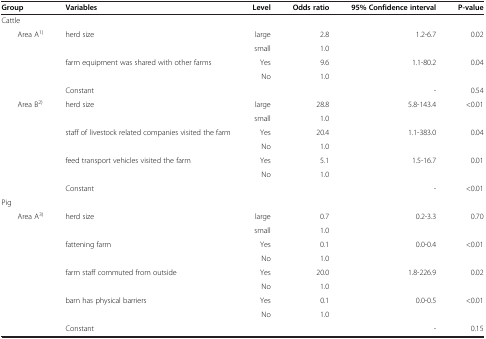
<table><thead><tr><td><b>Group</b></td><td><b>Variables</b></td><td><b>Level</b></td><td><b>Odds ratio</b></td><td><b>95% Confidence interval</b></td><td><b>P-value</b></td></tr></thead><tbody><tr><td>Cattle</td><td>[EMPTY_CELL]</td><td>[EMPTY_CELL]</td><td>[EMPTY_CELL]</td><td>[EMPTY_CELL]</td><td>[EMPTY_CELL]</td></tr><tr><td>Area A<sup>1)</sup></td><td>herd size</td><td>large</td><td>2.8</td><td>1.2-6.7</td><td>0.02</td></tr><tr><td>[EMPTY_CELL]</td><td>[EMPTY_CELL]</td><td>small</td><td>1.0</td><td>[EMPTY_CELL]</td><td>[EMPTY_CELL]</td></tr><tr><td>[EMPTY_CELL]</td><td>farm equipment was shared with other farms</td><td>Yes</td><td>9.6</td><td>1.1-80.2</td><td>0.04</td></tr><tr><td>[EMPTY_CELL]</td><td>[EMPTY_CELL]</td><td>No</td><td>1.0</td><td>[EMPTY_CELL]</td><td>[EMPTY_CELL]</td></tr><tr><td>[EMPTY_CELL]</td><td>Constant</td><td>[EMPTY_CELL]</td><td>[EMPTY_CELL]</td><td>-</td><td>0.54</td></tr><tr><td>Area B<sup>2)</sup></td><td>herd size</td><td>large</td><td>28.8</td><td>5.8-143.4</td><td>&lt;0.01</td></tr><tr><td>[EMPTY_CELL]</td><td>[EMPTY_CELL]</td><td>small</td><td>1.0</td><td>[EMPTY_CELL]</td><td>[EMPTY_CELL]</td></tr><tr><td>[EMPTY_CELL]</td><td>staff of livestock related companies visited the farm</td><td>Yes</td><td>20.4</td><td>1.1-383.0</td><td>0.04</td></tr><tr><td>[EMPTY_CELL]</td><td>[EMPTY_CELL]</td><td>No</td><td>1.0</td><td>[EMPTY_CELL]</td><td>[EMPTY_CELL]</td></tr><tr><td>[EMPTY_CELL]</td><td>feed transport vehicles visited the farm</td><td>Yes</td><td>5.1</td><td>1.5-16.7</td><td>0.01</td></tr><tr><td>[EMPTY_CELL]</td><td>[EMPTY_CELL]</td><td>No</td><td>1.0</td><td>[EMPTY_CELL]</td><td>[EMPTY_CELL]</td></tr><tr><td>[EMPTY_CELL]</td><td>Constant</td><td>[EMPTY_CELL]</td><td>[EMPTY_CELL]</td><td>-</td><td>&lt;0.01</td></tr><tr><td>Pig</td><td>[EMPTY_CELL]</td><td>[EMPTY_CELL]</td><td>[EMPTY_CELL]</td><td>[EMPTY_CELL]</td><td>[EMPTY_CELL]</td></tr><tr><td>Area A<sup>3)</sup></td><td>herd size</td><td>large</td><td>0.7</td><td>0.2-3.3</td><td>0.70</td></tr><tr><td>[EMPTY_CELL]</td><td>[EMPTY_CELL]</td><td>small</td><td>1.0</td><td>[EMPTY_CELL]</td><td>[EMPTY_CELL]</td></tr><tr><td>[EMPTY_CELL]</td><td>fattening farm</td><td>Yes</td><td>0.1</td><td>0.0-0.4</td><td>&lt;0.01</td></tr><tr><td>[EMPTY_CELL]</td><td>[EMPTY_CELL]</td><td>No</td><td>1.0</td><td>[EMPTY_CELL]</td><td>[EMPTY_CELL]</td></tr><tr><td>[EMPTY_CELL]</td><td>farm staff commuted from outside</td><td>Yes</td><td>20.0</td><td>1.8-226.9</td><td>0.02</td></tr><tr><td>[EMPTY_CELL]</td><td>[EMPTY_CELL]</td><td>No</td><td>1.0</td><td>[EMPTY_CELL]</td><td>[EMPTY_CELL]</td></tr><tr><td>[EMPTY_CELL]</td><td>barn has physical barriers</td><td>Yes</td><td>0.1</td><td>0.0-0.5</td><td>&lt;0.01</td></tr><tr><td>[EMPTY_CELL]</td><td>[EMPTY_CELL]</td><td>No</td><td>1.0</td><td>[EMPTY_CELL]</td><td>[EMPTY_CELL]</td></tr><tr><td>[EMPTY_CELL]</td><td>Constant</td><td>[EMPTY_CELL]</td><td>[EMPTY_CELL]</td><td>-</td><td>0.15</td></tr></tbody></table>